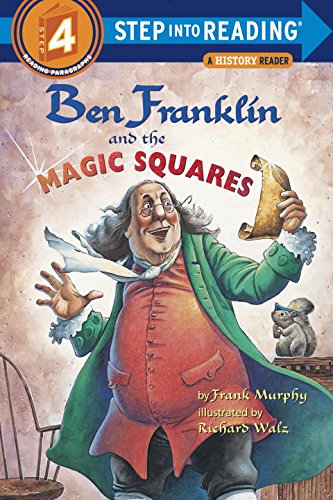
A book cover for Ben Franklin and the Magic Squares (Step-Into-Reading, Step 4); Frank Murphy; Children's Books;